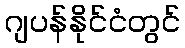
ဂျပန်နိုင်ငံတွင်